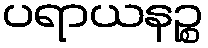
ပရာယနဉ္စ